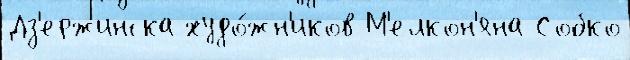
Дз'ержинска худо́жн'иков М'елкон'яна Собко